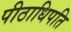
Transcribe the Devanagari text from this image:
पीठाधिपति